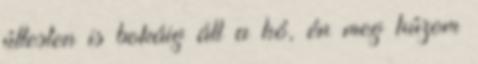
úttesten is bokáig áll a hó, én meg húzom